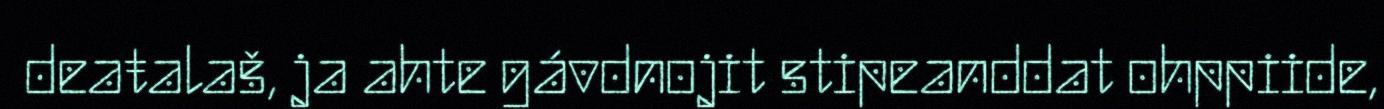
deaŧalaš, ja ahte gávdnojit stipeanddat ohppiide,